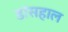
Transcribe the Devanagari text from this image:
डांसहाल